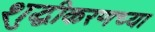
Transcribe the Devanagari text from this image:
शुद्धीकरणच्या